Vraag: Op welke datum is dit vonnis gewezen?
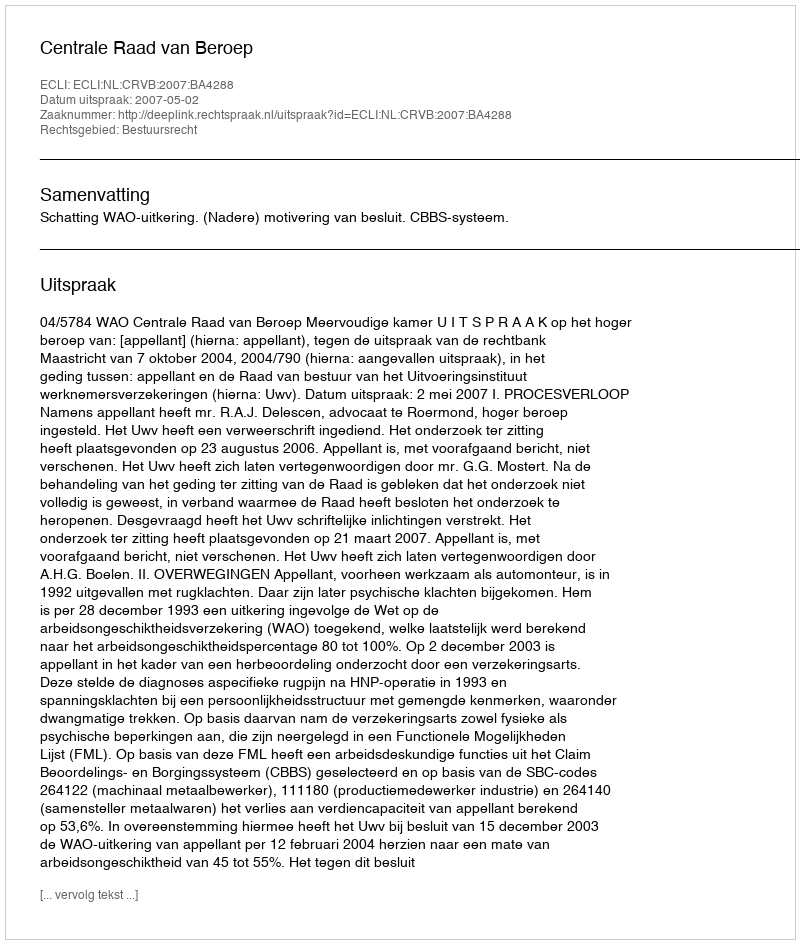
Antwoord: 2007-05-02